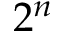
2 ^ { n }